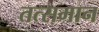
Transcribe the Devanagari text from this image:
तत्समान